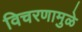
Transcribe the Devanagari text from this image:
विचरणामुळे